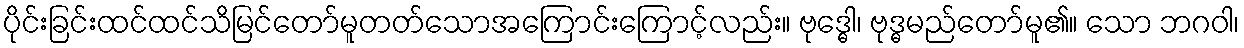
ပိုင်းခြင်းထင်ထင်သိမြင်တော်မူတတ်သောအကြောင်းကြောင့်လည်း။ ဗုဒ္ဓေါ၊ ဗုဒ္ဓမည်တော်မူ၏။ သော ဘဂဝါ၊